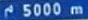
5000 m